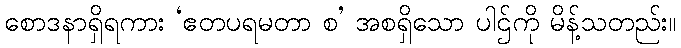
စောဒနာရှိရကား ‘ဧတပရမတာ စ’ အစရှိသော ပါဌ်ကို မိန့်သတည်း။